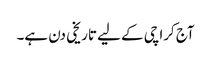
آج کراچی کے لیے تاریخی دن ہے۔